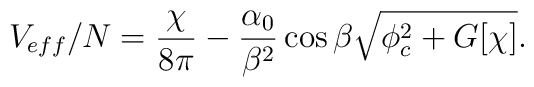
V_{eff}/N  = \frac{\chi}{8 \pi} - \frac {\alpha_0} {\beta^2} \cos \beta\sqrt{\phi_c^2 + G[\chi]}.